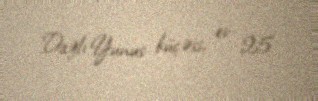
Dağlı Yunus küçəsi, ev 25